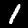
Digit: 1